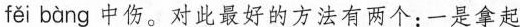
fěi bàng 中伤。对此最好的方法有两个：一是拿起